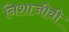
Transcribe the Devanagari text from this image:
निशाजीवी